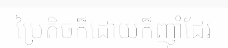
ប្រៃតិចក៏ដោយក៏ញ៉ាំដែរ